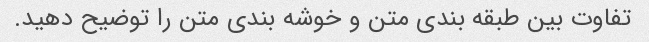
تفاوت بین طبقه بندی متن و خوشه بندی متن را توضیح دهید.